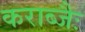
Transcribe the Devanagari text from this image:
कराब्जैः